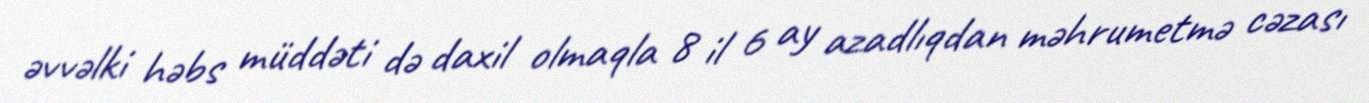
əvvəlki həbs müddəti də daxil olmaqla 8 il 6 ay azadlıqdan məhrumetmə cəzası